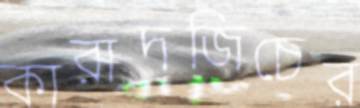
কারাদজিচের